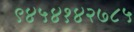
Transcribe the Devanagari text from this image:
९४५४१४२७८५